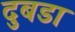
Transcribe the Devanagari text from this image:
दुबडा